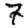
Digit: 7